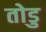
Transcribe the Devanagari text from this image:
तोडु